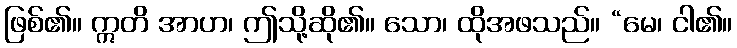
ဖြစ်၏။ ဣတိ အာဟ၊ ဤသို့ဆို၏။ သော၊ ထိုအဖသည်။ “မေ၊ ငါ၏။